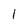
Character: 1